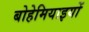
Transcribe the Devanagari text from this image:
बोहेमियाइयों